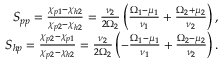
\begin{array} { r l r } & { } & { S _ { p p } = \frac { \chi _ { p 1 } - \chi _ { h 2 } } { \chi _ { p 2 } - \chi _ { h 2 } } = \frac { \nu _ { 2 } } { 2 \Omega _ { 2 } } \left( \frac { \Omega _ { 1 } - \mu _ { 1 } } { \nu _ { 1 } } + \frac { \Omega _ { 2 } + \mu _ { 2 } } { \nu _ { 2 } } \right) , } \\ & { } & { S _ { h p } = \frac { \chi _ { p 2 } - \chi _ { p 1 } } { \chi _ { p 2 } - \chi _ { h 2 } } = \frac { \nu _ { 2 } } { 2 \Omega _ { 2 } } \left( - \frac { \Omega _ { 1 } - \mu _ { 1 } } { \nu _ { 1 } } + \frac { \Omega _ { 2 } - \mu _ { 2 } } { \nu _ { 2 } } \right) . } \end{array}